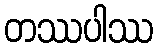
တဿပါဿ